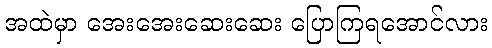
အထဲမှာ အေးအေးဆေးဆေး ပြောကြရအောင်လား